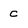
Character: c